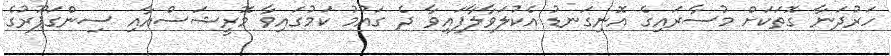
ހަރުދަނާ ގޮތަކަށް މުސާރައިގެ އޮނިގަނޑު އެކުލަވާލާފައިވާ ދެ ގައުމު ކަމުގައިވާ މޮރީޝަސްއާއި ސިންގަޕޫރުގެ